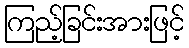
ကြည့်ခြင်းအားဖြင့်